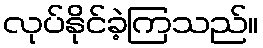
လုပ်နိုင်ခဲ့ကြသည်။